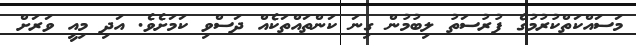
މަސައްކަތްކުރުމުގެ ފުރުސަތު ލިބުމުން ގިނަ ކަންތައްތަކެއް ދަސްވި ކަމަށެވެ. އަދި މިއީ ވަރަށް